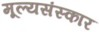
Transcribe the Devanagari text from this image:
मूल्यसंस्कार